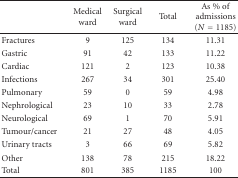
<table><thead><tr><td></td><td><b>Medical ward</b></td><td><b>Surgical ward</b></td><td><b>Total</b></td><td><b>As % of admissions (<i>N</i> = 1185)</b></td></tr></thead><tbody><tr><td>Fractures</td><td> 9</td><td>125</td><td>134</td><td>11.31</td></tr><tr><td>Gastric</td><td> 91</td><td> 42</td><td>133</td><td>11.22</td></tr><tr><td>Cardiac</td><td>121</td><td> 2</td><td>123</td><td>10.38</td></tr><tr><td>Infections</td><td>267</td><td>34</td><td>301</td><td>25.40</td></tr><tr><td>Pulmonary</td><td> 59</td><td> 0</td><td> 59</td><td> 4.98</td></tr><tr><td>Nephrological</td><td> 23</td><td>10</td><td> 33</td><td> 2.78</td></tr><tr><td>Neurological</td><td> 69</td><td> 1</td><td> 70</td><td> 5.91</td></tr><tr><td>Tumour/cancer</td><td> 21</td><td>27</td><td> 48</td><td> 4.05</td></tr><tr><td>Urinary tracts</td><td> 3</td><td>66</td><td> 69</td><td> 5.82</td></tr><tr><td>Other</td><td>138</td><td>78</td><td>215</td><td>18.22</td></tr><tr><td>Total</td><td>801</td><td>385</td><td>1185</td><td>100</td></tr></tbody></table>